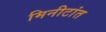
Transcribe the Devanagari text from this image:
मिनीटांत